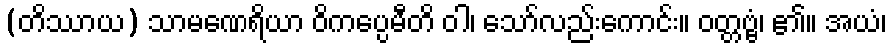
(တိဿာယ) သာမဏေရိယာ ဝိကပ္ပေမီတိ ဝါ၊ သော်လည်းကောင်း။ ဝတ္တဗ္ဗံ၊ ၏။ အယံ၊